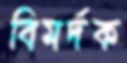
বিমর্দক